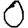
Digit: 0